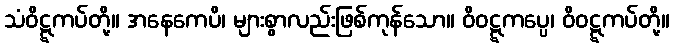
သံဝိဋ္ဋကပ်တို့။ အနေကေပိ၊ များစွာလည်းဖြစ်ကုန်သော။ ဝိဝဋ္ဋကပ္ပေ၊ ဝိဝဋ္ဋကပ်တို့။